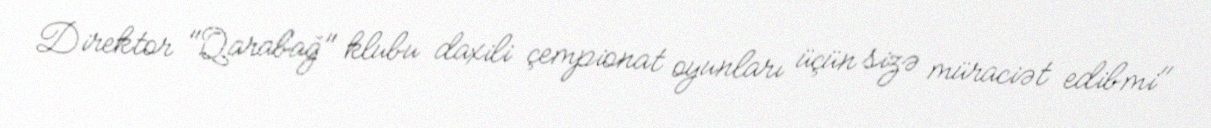
Direktor "Qarabağ" klubu daxili çempionat oyunları üçün sizə müraciət edibmi"